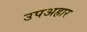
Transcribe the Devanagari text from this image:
उपअहार